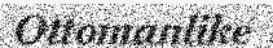
Ottomanlike